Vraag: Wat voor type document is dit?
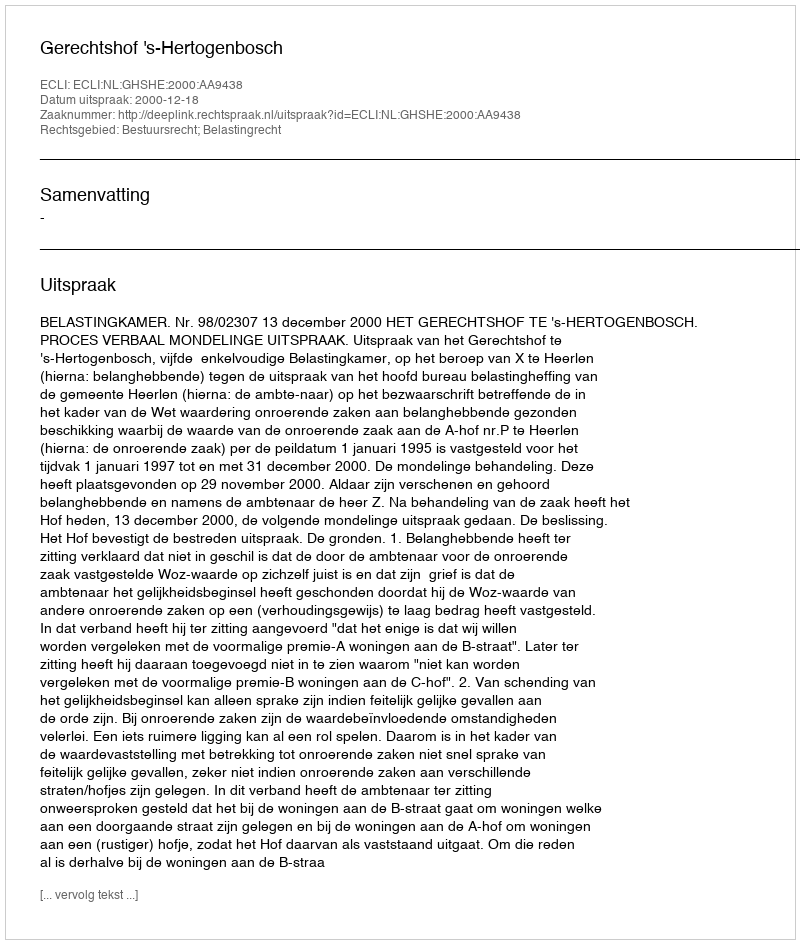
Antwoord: Uitspraak